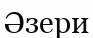
Әзери